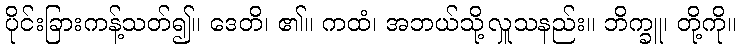
ပိုင်းခြားကန့်သတ်၍။ ဒေတိ၊ ၏။ ကထံ၊ အဘယ်သို့လှူသနည်း။ ဘိက္ခူ၊ တို့ကို။